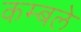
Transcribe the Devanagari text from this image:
कम्बले